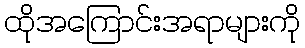
ထိုအကြောင်းအရာများကို